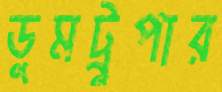
ডুমট্রুপার